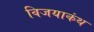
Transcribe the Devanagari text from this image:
विजयाकंथ